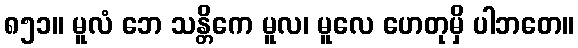
၈၅၁။ မူလံ ဘေ သန္တိကေ မူလ၊ မူလေ ဟေတုမှိ ပါဘတေ။